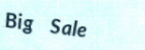
Big Sale